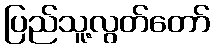
ပြည်သူ့လွတ်တော်